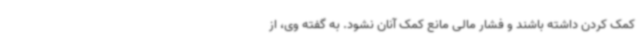
کمک کردن داشته باشند و فشار مالی مانع کمک آنان نشود. به گفته وی، از